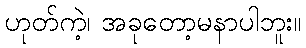
ဟုတ်ကဲ့၊ အခုတော့မနာပါဘူး။